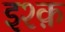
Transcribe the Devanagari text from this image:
इश्‍क़